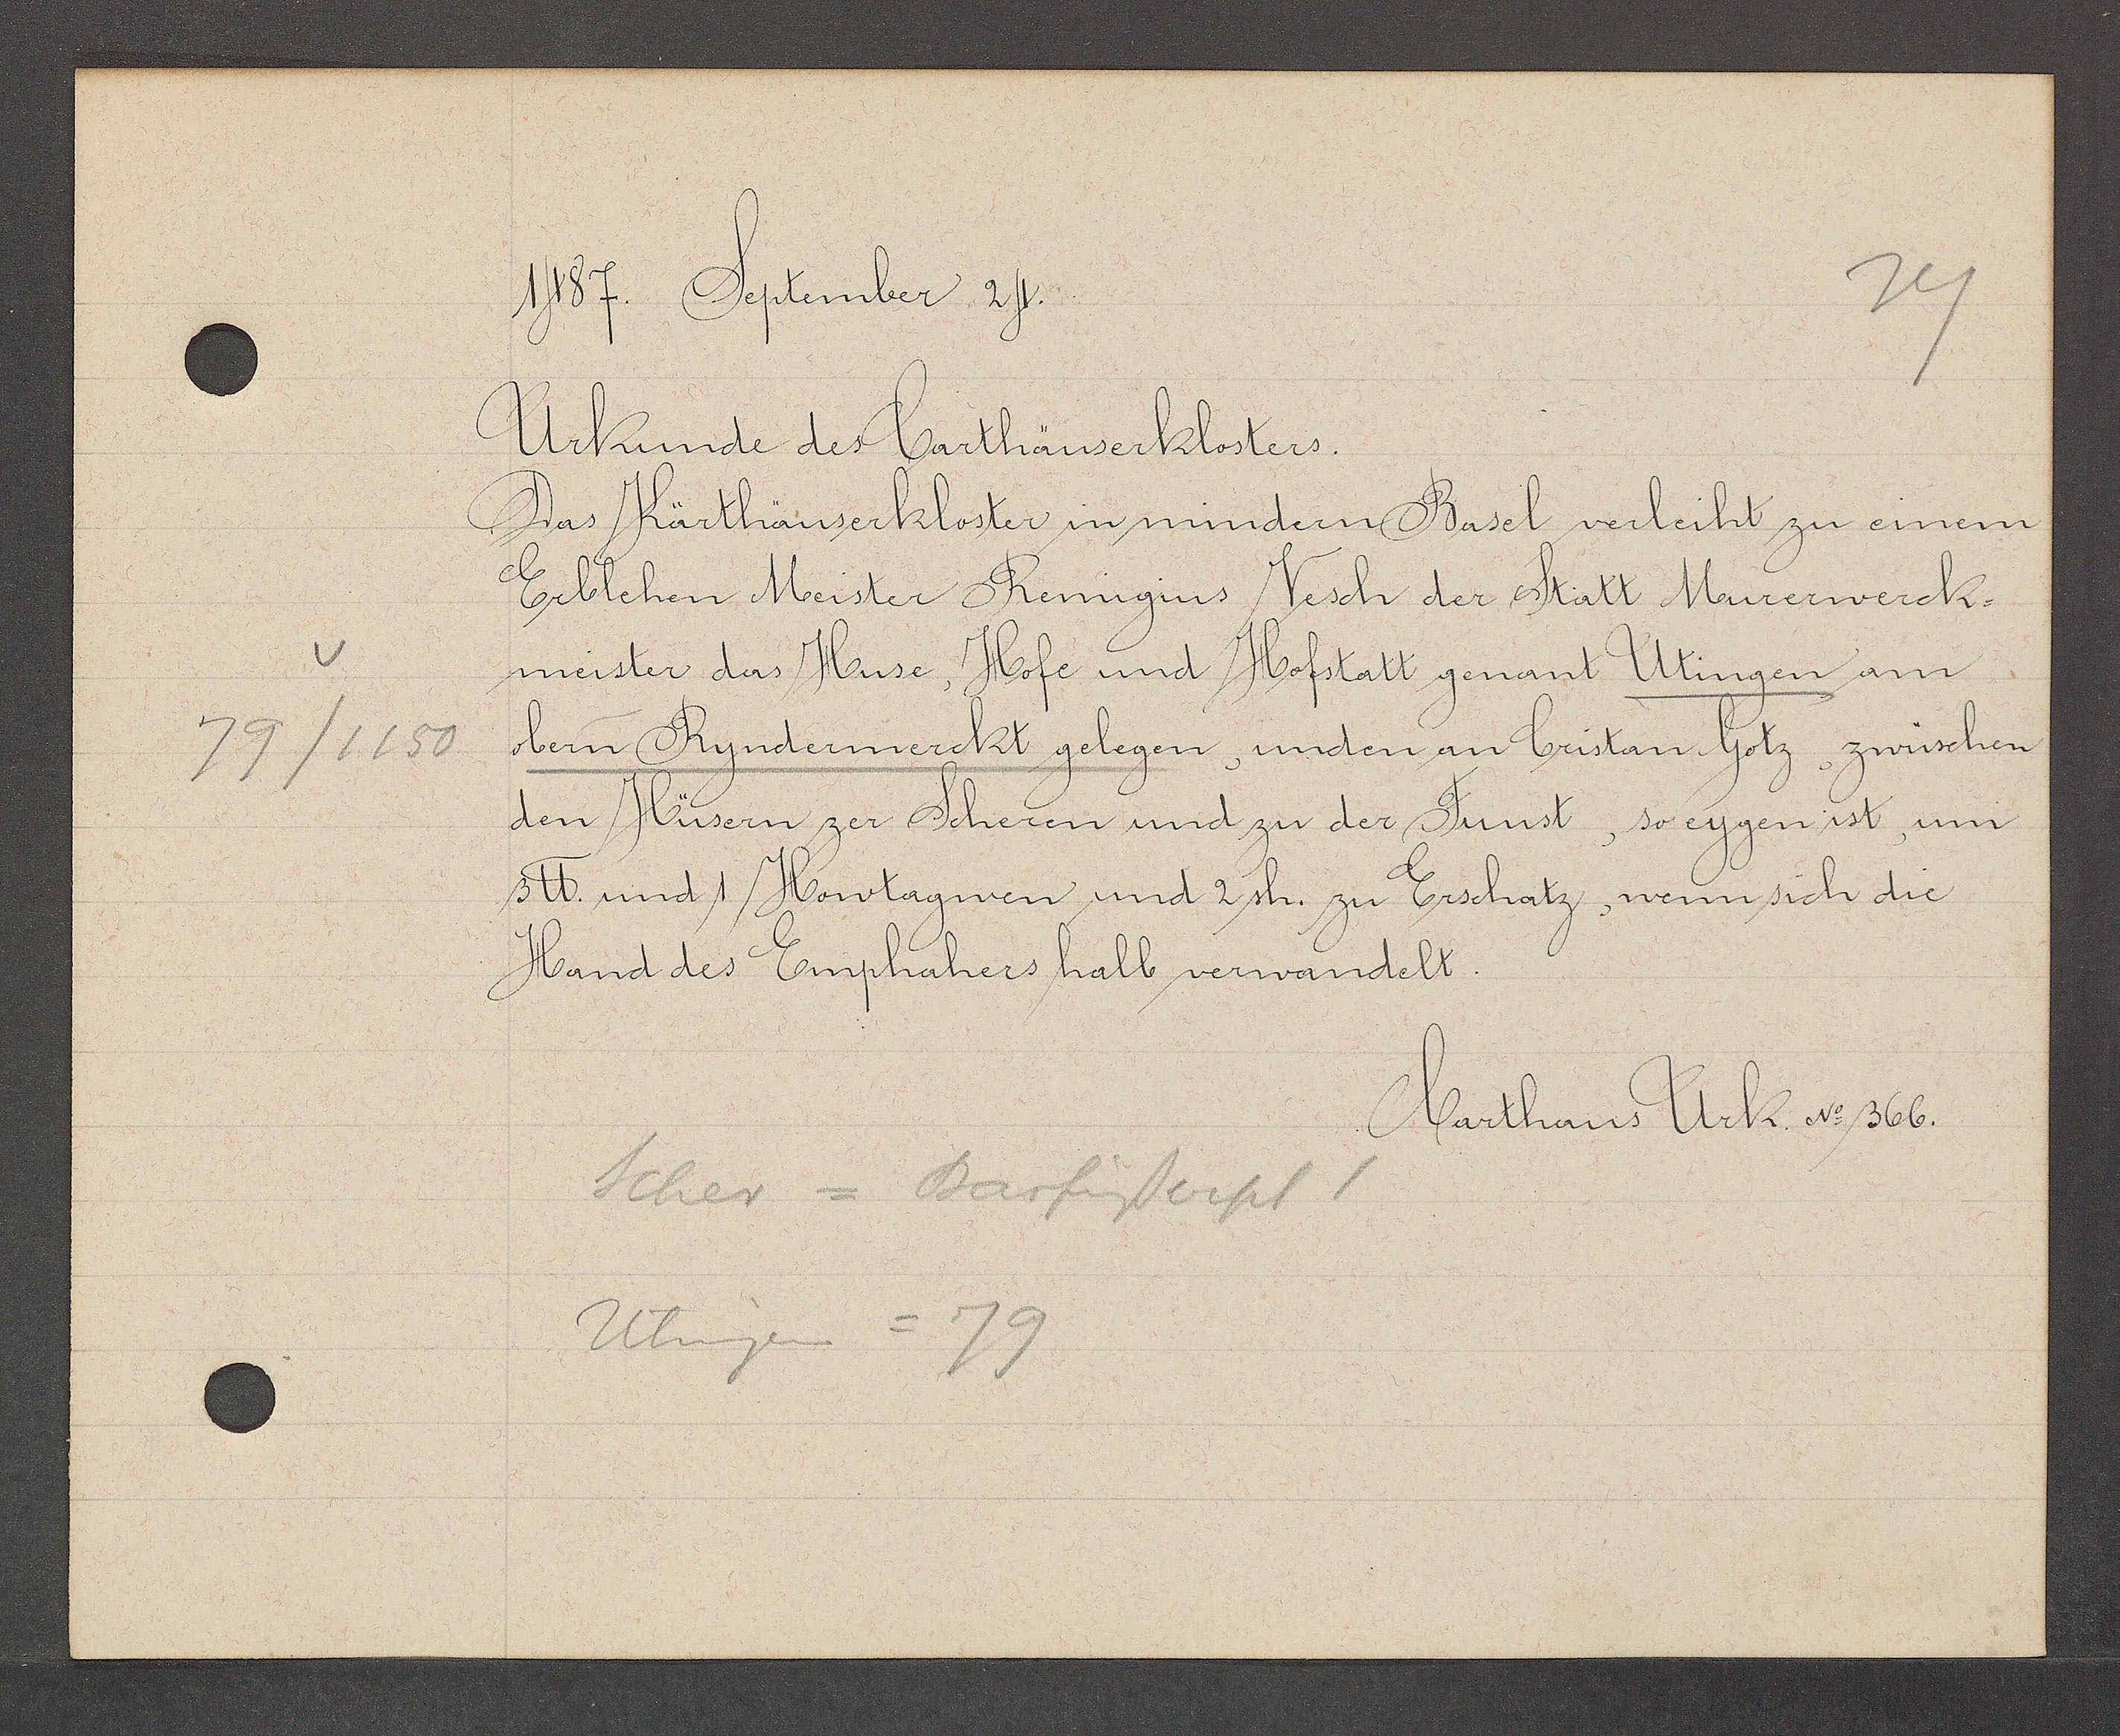
Transcript:
79/1150

1487. Setember 24.

Urkunde des Carthäuserklosters.
Das Kärthäuserkloster in mindern Basel verleiht zu einem
Erblehen Meister Renigins Vesch der Statt Maurerwerck¬
meister das Huse, Hofe und Hofstatt genant Utingen am
obern Ryndermerckt gelegen, unden an bristan Gotz, zwüschen
den Hüsern zer Scheren und zu der Funst, so eygen ist, um
3 ℔ und 1 Howtagwen und 2 sh. zu Erschatz, wenn sich die
Hand des Emphahers halb verwandelt.

Scher = Barfüsserpl 1
Utingen = 79

Carthaus Urk. No 366.